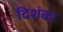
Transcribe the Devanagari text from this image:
दिशंबर